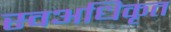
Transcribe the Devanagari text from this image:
स्वअधिकृत